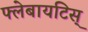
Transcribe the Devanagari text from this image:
फ्लेबायटिस्